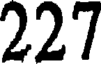
227